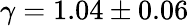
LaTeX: \gamma=1.04\pm 0.06